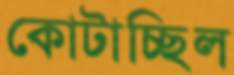
কোটাচ্ছিল